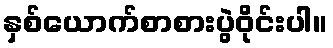
နှစ်ယောက်စာစားပွဲဝိုင်းပါ။